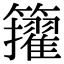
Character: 𥷘